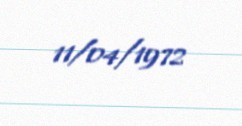
11/04/1972